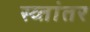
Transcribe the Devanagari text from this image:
स्व्तांतर